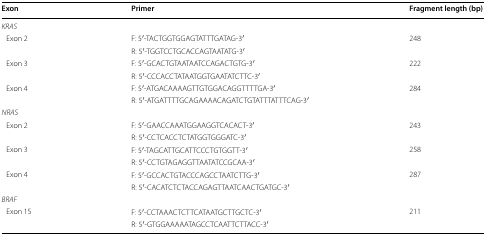
| Exon | Primer | Fragment length (bp) |
 | --- | --- | --- |
 | <COLSPAN=3> KRAS |
 | <ROWSPAN=2> Exon 2 | F: 5′-TACTGGTGGAGTATTTGATAG-3′ | <ROWSPAN=2> 248 |
 | R: 5′-TGGTCCTGCACCAGTAATATG-3′ |
 | <ROWSPAN=2> Exon 3 | F: 5′-GCACTGTAATAATCCAGACTGTG-3′ | <ROWSPAN=2> 222 |
 | R: 5′-CCCACCTATAATGGTGAATATCTTC-3′ |
 | <ROWSPAN=2> Exon 4 | F: 5′-ATGACAAAAGTTGTGGACAGGTTTTGA-3′ | <ROWSPAN=2> 284 |
 | R: 5′-ATGATTTTGCAGAAAACAGATCTGTATTTATTTCAG-3′ |
 | <COLSPAN=3> NRAS |
 | <ROWSPAN=2> Exon 2 | F: 5′-GAACCAAATGGAAGGTCACACT-3′ | <ROWSPAN=2> 243 |
 | R: 5′-CCTCACCTCTATGGTGGGATC-3′ |
 | <ROWSPAN=2> Exon 3 | F: 5′-TAGCATTGCATTCCCTGTGGTT-3′ | <ROWSPAN=2> 258 |
 | R: 5′-CCTGTAGAGGTTAATATCCGCAA-3′ |
 | <ROWSPAN=2> Exon 4 | F: 5′-GCCACTGTACCCAGCCTAATCTTG-3′ | <ROWSPAN=2> 287 |
 | R: 5′-CACATCTCTACCAGAGTTAATCAACTGATGC-3′ |
 | <COLSPAN=3> BRAF |
 | <ROWSPAN=2> Exon 15 | F: 5′-CCTAAACTCTTCATAATGCTTGCTC-3′ | <ROWSPAN=2> 211 |
 | R: 5′-GTGGAAAAATAGCCTCAATTCTTACC-3′ |